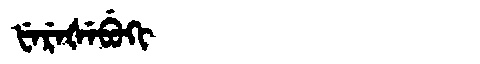
Manchu: ᡶᡝᡵᡝᡧᡝᠪᡠᡴᡳ
Romanization: FEREŠEBUKI